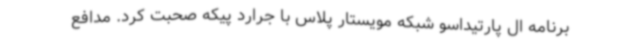
برنامه ال پارتیداسو شبکه مویستار پلاس با جرارد پیکه صحبت کرد. مدافع